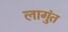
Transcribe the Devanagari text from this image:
लागुंत